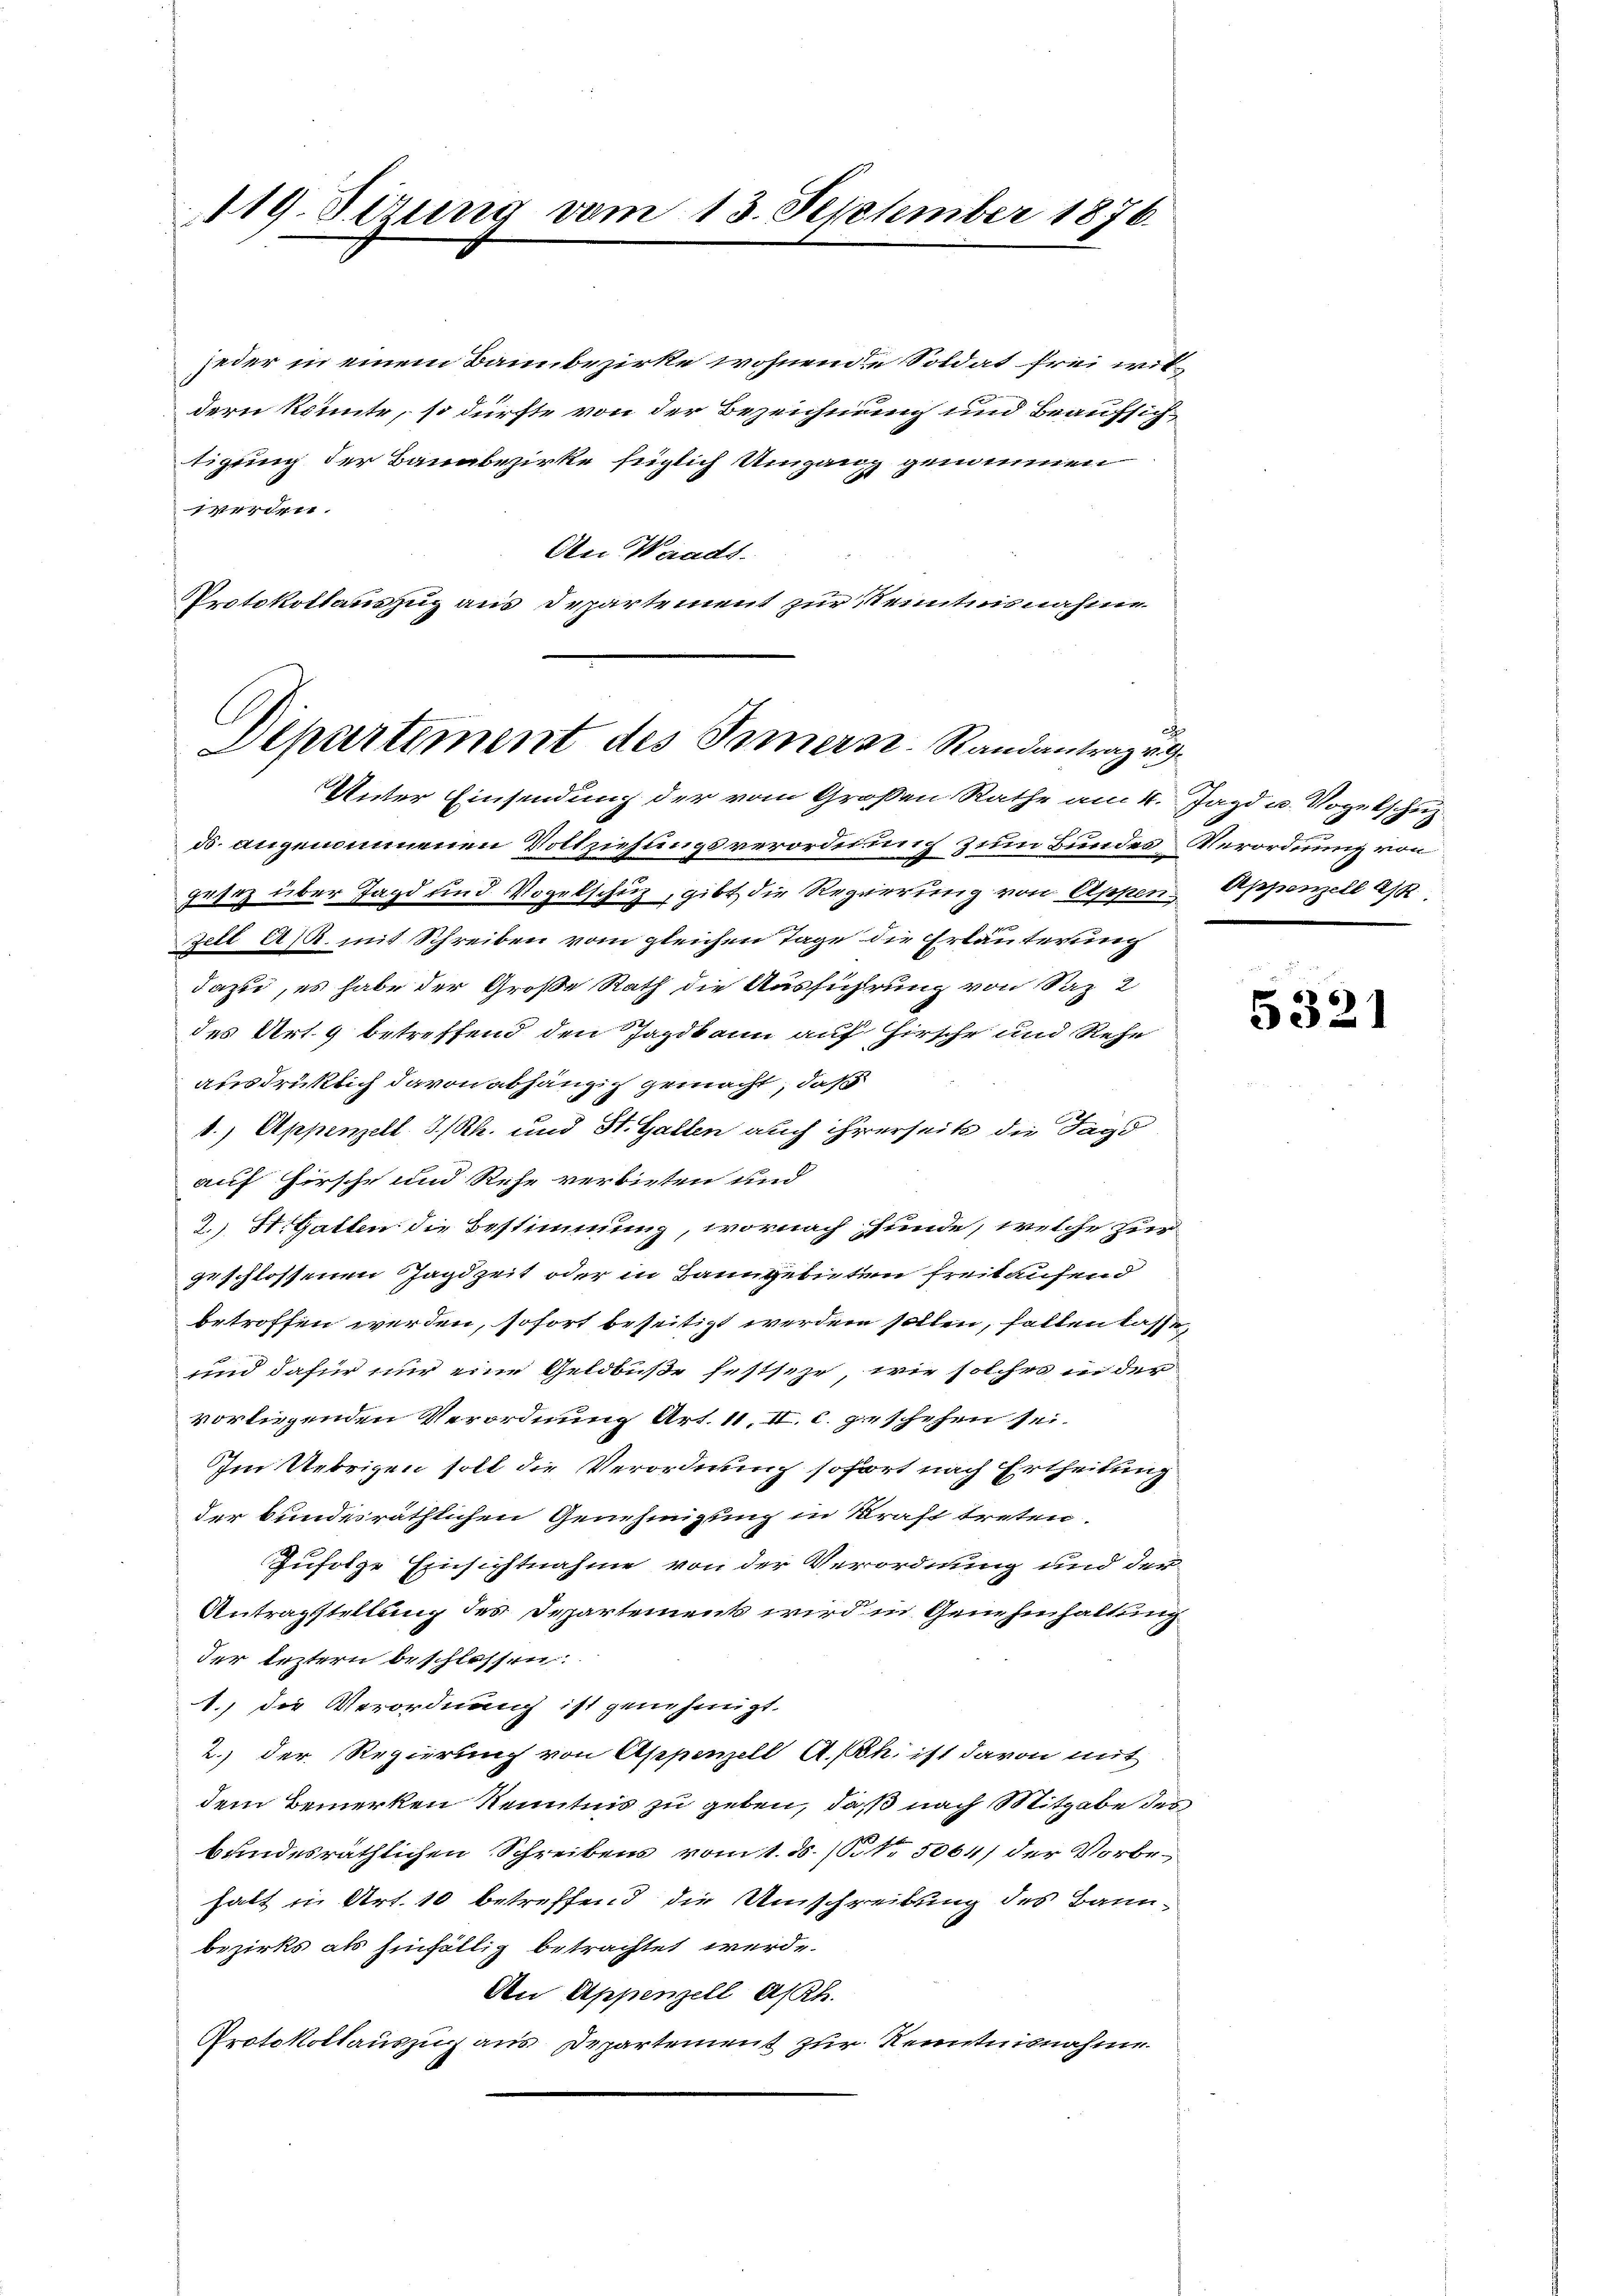
419. Sizung vom 13. September 1876.

jeder in einem Bannbezirke wohnende Soldat frei wildern könnte, so dürfte von der Bezeichnung und Beaufsichtigung der Bauabezirke füglich Umgang genommen
4
An Waadt.
Nrotokollauszug aus Departement zur Kenntnisnahme

Departiment des Innern. Randantrag v
Unter Einsendung der vom Großen Rathe am 4. Jagd u. Vogelschuz

d. angenommenen Vollziehungsverordnung zum Bundes Verordnung von
gesetz über Jagd und Vogelschuz, gibt die Regierung von Appen Appenzell a/
Zell A/R. mit Schreiben vom gleichen Tage die Erläuterung
dazu, es habe der Große Rath die Ausführung von Saz 2
des Art. 9 betreffend den Jagdkann auf Hirsche und Rehe
ausdrüklich davon abhängig gemacht, daß
1.) Appenzell I/Rh. und St. Gallen auch ihrerseits die Jagd
auf Hirsche und Rehe verbieten und
2.) St. Gallen die Bestimmung, wornach funde, welche zur
geschlossenen Jagdzeit oder in Banngebuten freitaufend
betroffen werden, sofort beseitigt werden sollen, fallen lasse,
und dafür nur eine Geldbuße festsehr, wie solcher in der
vorliegenden Verordnung Art. 11. II. c. geschehen sei.
Im Uebrigen soll die Verordnung sofort nach Ertheilung
der bundesräthlichen Genehmigung in Kraft treten.
Zufolge Einsichtnahme von der Verordnung und der
Antragstellung des Departement wird in Genehmhaltung
der leztern beschlossen:
1. die Verordnung ist genehmigt.
2.) der Regierung von Appenzell A.-Rh. ist davon mit
dem Bemerken Kenntnis zu geben, daß nach Mitgabe des
bundesräthlichen Schreibens vom 1. d. 1. 5064) der Vorbehalt in Art. 10 betreffend die Umschreibung des Bann-
bezirks als hinfällig betrachtet werde.
An Appenzell A/Rh.
Protokollauszuhaus Departement zur Kenntnisnahme

5321